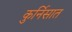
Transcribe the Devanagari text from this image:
कुर्निसात